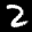
Label: 2